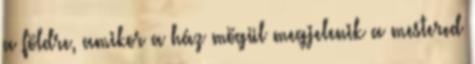
a földre, amikor a ház mögül megjelenik a mestered